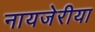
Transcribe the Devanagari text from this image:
नायजेरीया